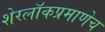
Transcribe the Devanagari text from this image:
शेरलाॅकप्रमाणेच